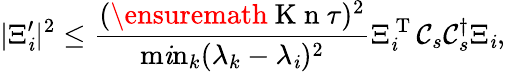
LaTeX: \vert\Xi_{\mathit{i}}^{\prime}\vert^{2}\leq\frac{{(\ensuremath{{\mathrm{{~K~n~}}}}\tau)^{2}}}{{\operatorname*{m\mathit{i}n}_{k}(\lambda_{k}-\lambda_{\mathit{i}})^{2}}}\Xi_{\mathit{i}}^{\mathrm{{~T~}}}\mathcal{C}_{s}\mathcal{C}_{s}^{\dagger}\Xi_{\mathit{i}},